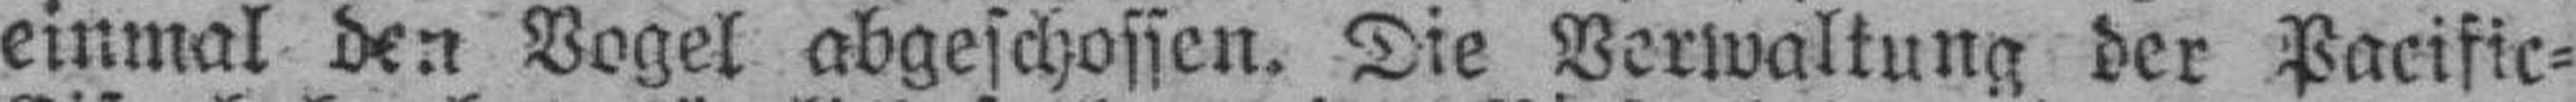
einmal den Vogel abgeschossen. Die Verwaltung der Pacific=